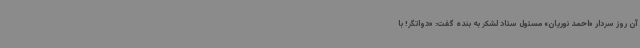
آن روز سردار «احمد نوریان» مسئول ستاد لشکر به بنده گفت: «دواتگر! با